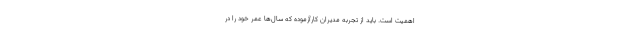
اهمیت است. باید از تجربه مدیران کارآزموده که سال‌ها عمر خود را در